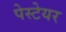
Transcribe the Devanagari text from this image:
पेस्टेयर